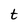
Character: t